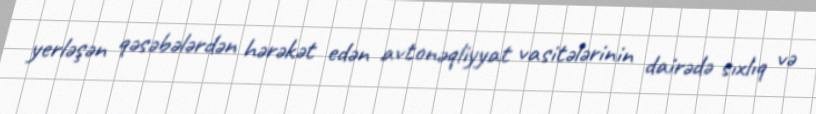
yerləşən qəsəbələrdən hərəkət edən avtonəqliyyat vasitələrinin dairədə sıxlıq və